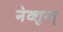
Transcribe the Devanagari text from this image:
नेव्शुन्त्